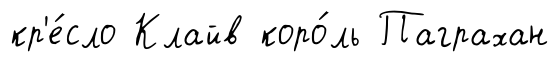
кр'е́сло Клайв коро́ль Паграхан